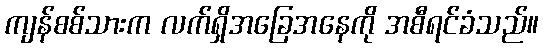
ကျန်စစ်သားက လက်ရှိအခြေအနေကို အစီရင်ခံသည်။